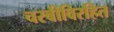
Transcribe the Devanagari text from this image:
चरबीविरहित